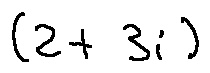
( 2 + 3 i )